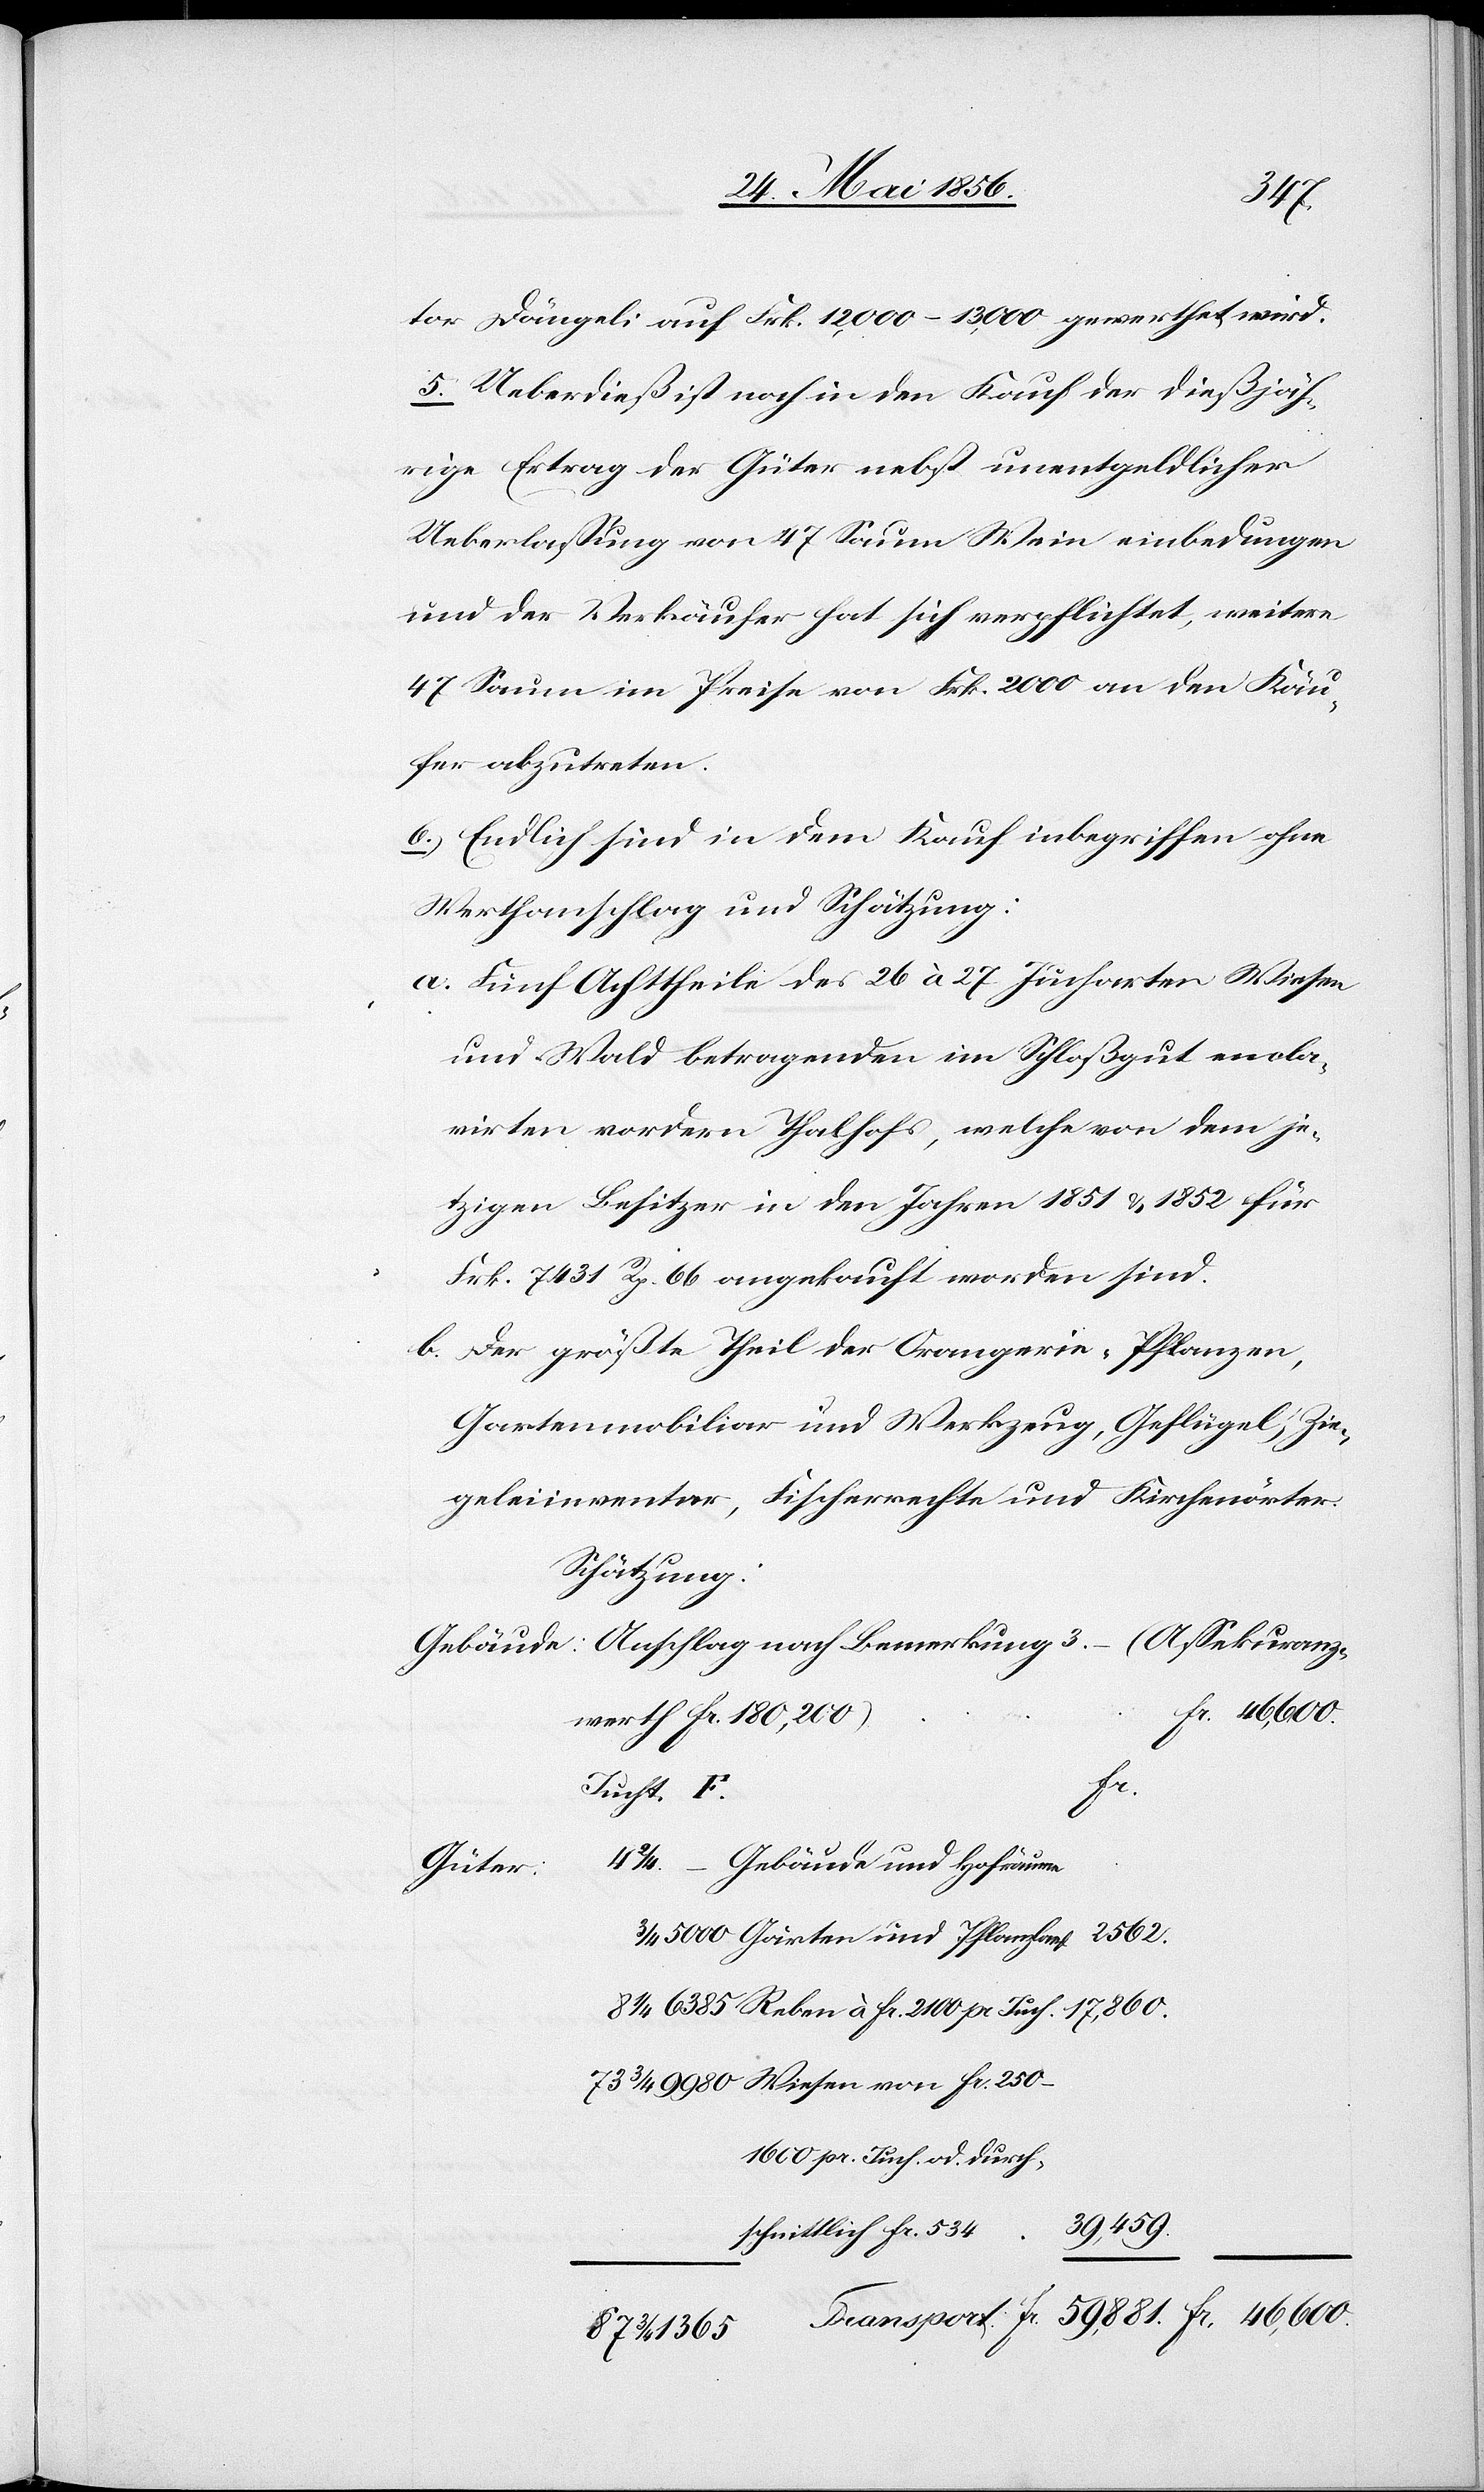
tor Dängeli auf Frk. 12,000–13,000 gewerthet wird.
5. Ueberdieß ist noch in den Kauf der dießjäh¬
rige Ertrag der Güter nebst unentgeldlicher
Ueberlassung von 47 Saum Wein einbedungen
und der Verkäufer hat sich verpflichtet, weitere
47 Saum im Preise von Frk. 2000 an den Käu¬
fer abzutreten.
6. Endlich sind in dem Kauf inbegriffen ohne
Werthanschlag und Schätzung:
a. Fünf Achttheile des 26 à 27 Jucharten Wiesen
und Wald betragenden im Schloßgut encla¬
virten vordern Thalhofs, welche von dem je¬
tzigen Besitzer in den Jahren 1851 & 1852 für
Frk. 7431 Rp. 66 angekauft worden sind.
b. Der größte Theil der Orangerie-Pflanzen,
Gartenmobiliar und Werkzeug, Geflügel, Zie¬
geleiinventar, Fischerrechte und Kirchenörter.
Schätzung:
(Assekuranz¬
werth fr. 180,200)
pr.
Juch. od.
Gebäude und Hofräume
Güter:
39,459.
schnittlich fr. 534